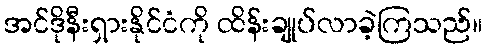
အင်ဒိုနီးရှားနိုင်ငံကို ထိန်းချုပ်လာခဲ့ကြသည်။